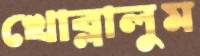
খোব্‌লালুম